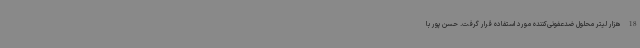
18 هزار لیتر محلول ضدعفونی‌کننده مورد استفاده قرار گرفت. حسن پور با